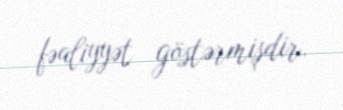
fəaliyyət göstərmişdir.